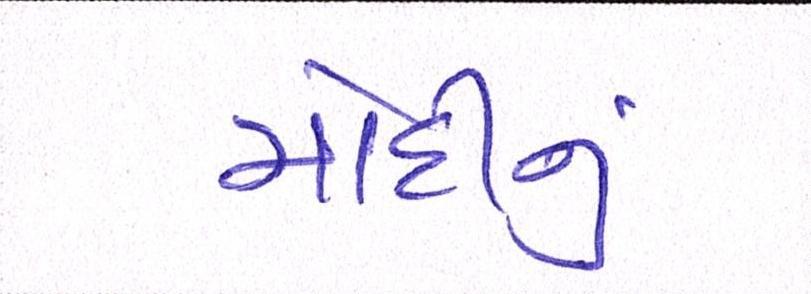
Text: મોદીનુ